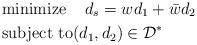
LaTeX: \begin{align*} &\textrm{minimize}\quad\, d_s=wd_1+\bar{w}d_2 \\ &\textrm{subject to}(d_1,d_2)\in\mathcal{D}^* \end{align*}